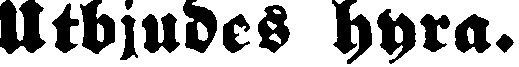
Utbjudes hyra.